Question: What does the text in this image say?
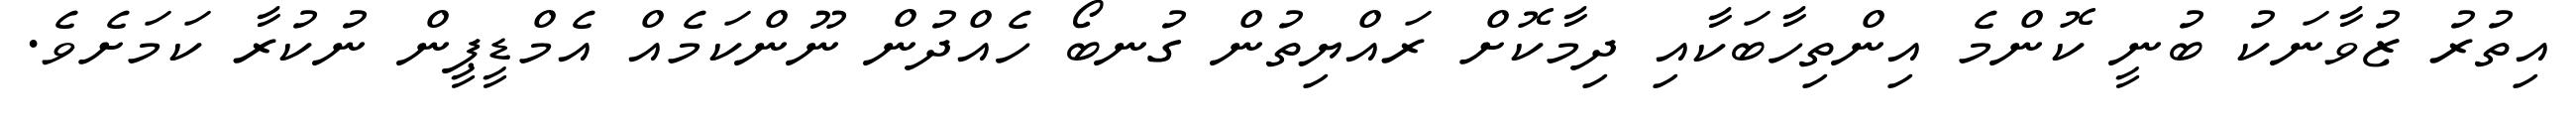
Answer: އިތުރު ޒުވާނަކު ބުނީ ކޮންމެ އިންތިހާބަކާއި ދިމާކޮށް ރައްޔިތުން ގުނބޯ ހެއްދުން ނޫންކަމެއް އެމްޑީޕީން ނުކުރާ ކަމަށެވެ.